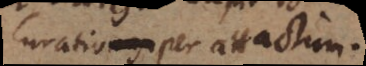
Curatio per attactum.